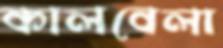
কালবেলা